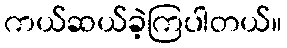
ကယ်ဆယ်ခဲ့ကြပါတယ်။